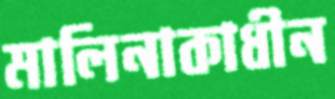
মালিনাকাধীন